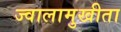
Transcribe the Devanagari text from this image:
ज्वालामुखीता